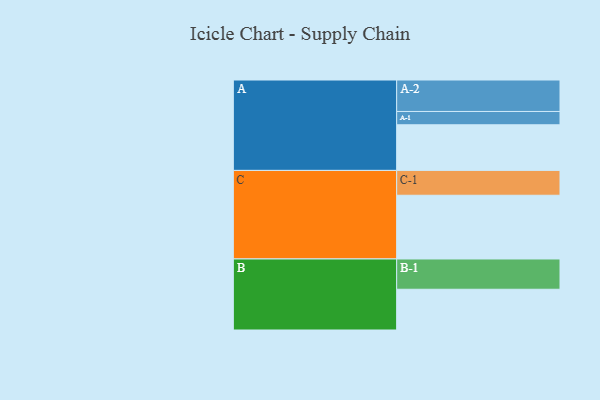
{"axis": {"x": "Segment", "y": "Value"}, "legend": ["", "A", "B", "C"], "data": [{"x": "A", "y": 419, "type": ""}, {"x": "B", "y": 374, "type": ""}, {"x": "C", "y": 585, "type": ""}, {"x": "A-1", "y": 122, "type": "A"}, {"x": "A-2", "y": 289, "type": "A"}, {"x": "B-1", "y": 278, "type": "B"}, {"x": "C-1", "y": 228, "type": "C"}]}